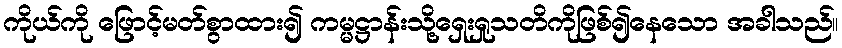
ကိုယ်ကို ဖြောင့်မတ်စွာထား၍ ကမ္မဋ္ဌာန်းသို့ရှေးရှုသတိကိုဖြစ်၍နေသော အခါသည်။